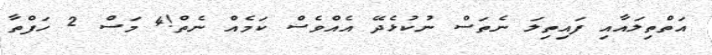
އަތްތިލައާއި ފައިތިލަ ނެތަސް ނުކުޅެދޭ އެއްވެސް ކަމެއް ނެތް!4 މަސް 2 ހަފްތާ